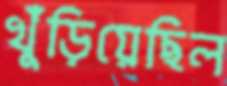
খুঁড়িয়েছিল